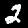
Label: 2